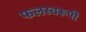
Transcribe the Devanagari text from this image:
फलस्वरूपी